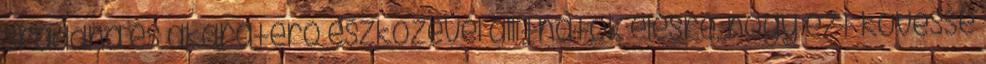
sraddhá és akaraterő eszközével állíthatók élesre, hogy ezt kövesse